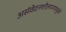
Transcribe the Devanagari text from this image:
असंवेदनशीलपणामुळे